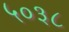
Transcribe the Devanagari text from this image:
५०३८